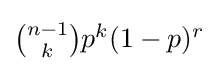
{\textstyle {\binom {n-1}{k}}p^{k}(1-p)^{r}}